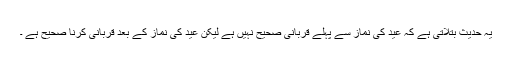
یہ حدیث بتلاتی ہے کہ عید کی نماز سے پہلے قربانی صحیح نہیں ہے لیکن عید کی نماز کے بعد قربانی کرنا صحیح ہے ۔